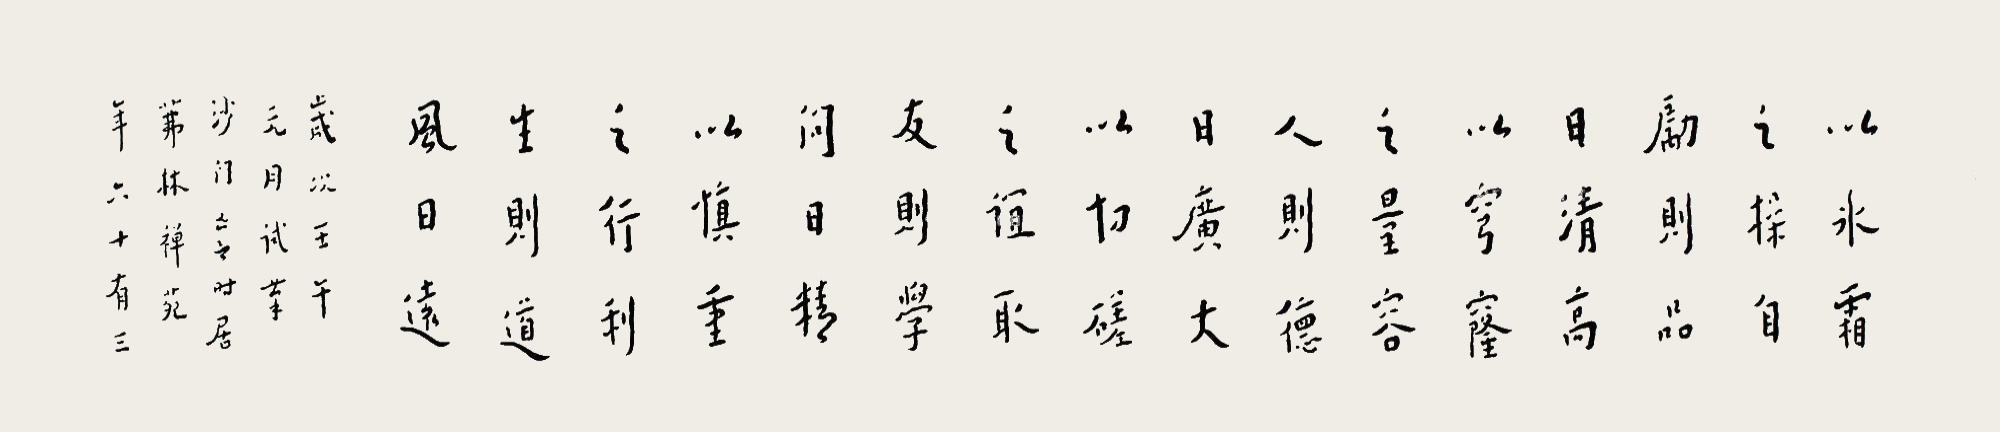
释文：以冰霜之操自励，则品日清高；以穹窿之量容人，则德日广大；以切磋之谊取友，则学问日精；以慎重之行利生，则道风日远。岁次壬午元月试笔，沙门亡言时居茀林禅苑，年六十有三。